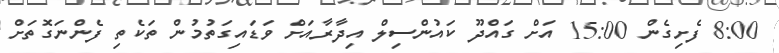
8:00 ފެށިގެން 15:00 އަށް ގައްދޫ ކައުންސިލް އިދާރާއަށް ވަޑައިގަތުމުން ތަކެތި ފެންނަގޮތަށް